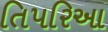
તિપરિઆ